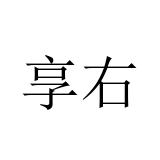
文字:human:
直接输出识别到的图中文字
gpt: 享右